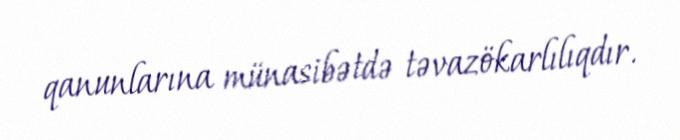
qanunlarına münasibətdə təvazökarlılıqdır.